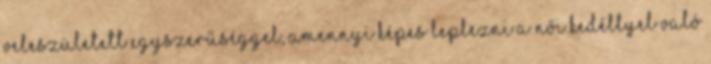
veleszületett egyszerűséggel, amennyi képes leplezni a női kedéllyel való